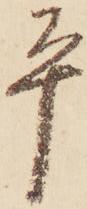
平